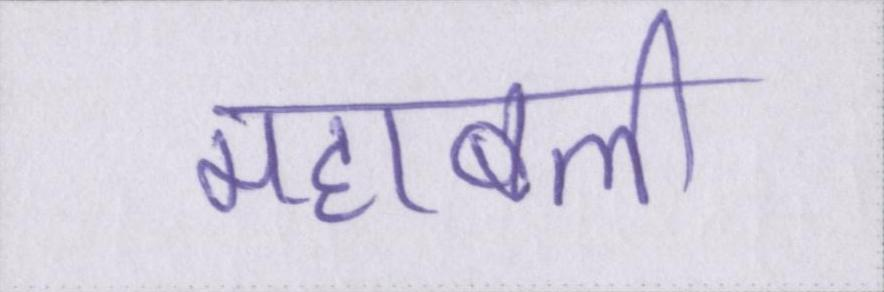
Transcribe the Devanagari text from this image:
महाबली